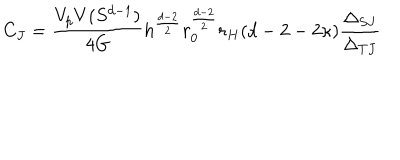
C _ { J } = \frac { V _ { p } V ( S ^ { d - 1 } ) } { 4 G } h ^ { \frac { d - 2 } { 2 } } r _ { 0 } ^ { \frac { d - 2 } { 2 } } r _ { H } ( d - 2 - 2 \kappa ) \frac { \Delta _ { S J } } { \Delta _ { T J } }